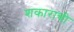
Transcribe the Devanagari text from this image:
शकाराची